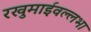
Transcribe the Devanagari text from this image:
रखुमाईवल्लभा